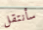
سأنتقل